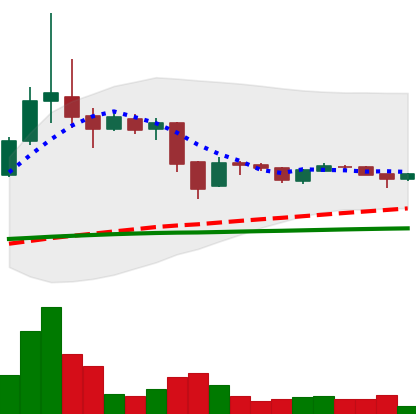
Ticker: BTC-USD
Chart end date: 2015-11-21
Forward return: 7.878%
Label: up_7plus